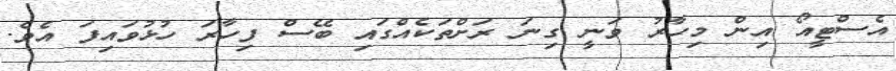
އެސްޓީއޯ އިން މިހާރު ވަނީ ގިނަ ރަށްތަކެއްގައި ބޭސް ފިހާރަ ހުޅުވައިފަ އެވެ.